Scientific memoirs by medical officers of the Army of India - Part X,
Year: 1897
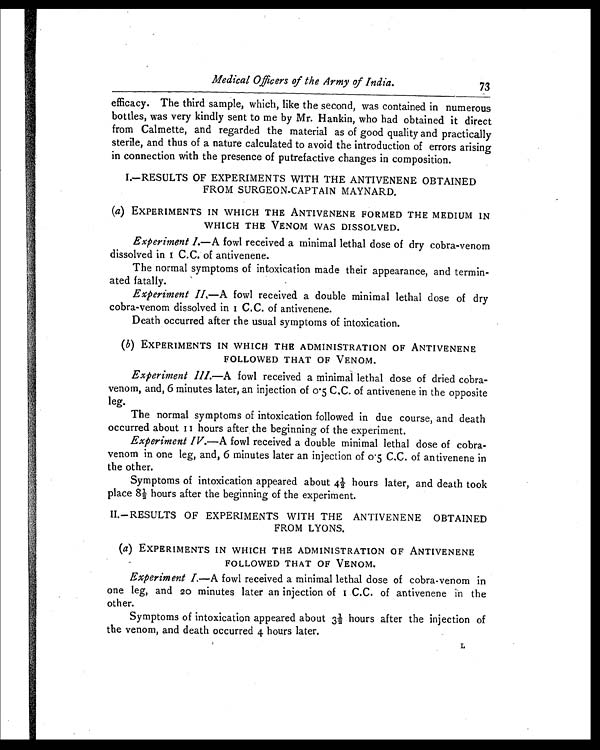
Medical Officers of the Army of India.
73
efficacy. The third sample, which, like the second, was contained in numerous
bottles, was very kindly sent to me by Mr. Hankin, who had obtained it direct
from Calmette, and regarded the material as of good quality and practically
sterile, and thus of a nature calculated to avoid the introduction of errors arising
in connection with the presence of putrefactive changes in composition.
I.—RESULTS OF EXPERIMENTS WITH THE ANTIVENENE OBTAINED
FROM SURGEON-CAPTAIN MAYNARD.
(a) EXPERIMENTS IN WHICH THE ANTIVENENE FORMED THE MEDIUM IN
WHICH THE VENOM WAS DISSOLVED.
Experiment 1.—A fowl received a minimal lethal dose of dry cobra-venom
dissolved in 1 C.C. of antivenene.
The normal symptoms of intoxication made their appearance, and termin-
ated fatally.
Experiment II.—A fowl received a double minimal lethal dose of dry
cobra-venom dissolved in I C.C. of antivenene.
Death occurred after the usual symptoms of intoxication.
( b) EXPERIMENTS IN WHICH THE ADMINISTRATION OF ANTIVENENE
FOLLOWED THAT OF VENOM.
Experiment III.—A fowl received a minimal lethal dose of dried cobra-
venom, and, 6 minutes later, an injection of 0.5 C.C. of antivenene in the opposite
leg.
The normal symptoms of intoxication followed in due course, and death
occurred about 11 hours after the beginning of the experiment.
Experiment IV.—A fowl received a double minimal lethal dose of cobra-
venom in one leg, and, 6 minutes later an injection of 0.5 C.C. of antivenene in
the other.
Symptoms of intoxication appeared about 4½ hours later, and death took
place 8½ hours after the beginning of the experiment.
II.—RESULTS OF EXPERIMENTS WITH THE ANTIVENENE OBTAINED
FROM LYONS.
(a) EXPERIMENTS IN WHICH THE ADMINISTRATION OF ANTIVENENE
FOLLOWED THAT OF VENOM.
Experiment I.—A fowl received a minimal lethal dose of cobra-venom in
one leg, and 20 minutes later an injection of 1 C.C. of antivenene in the
other.
Symptoms of intoxication appeared about 3½ hours after the injection of
the venom, and death occurred 4 hours later.